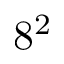
8 ^ { 2 }